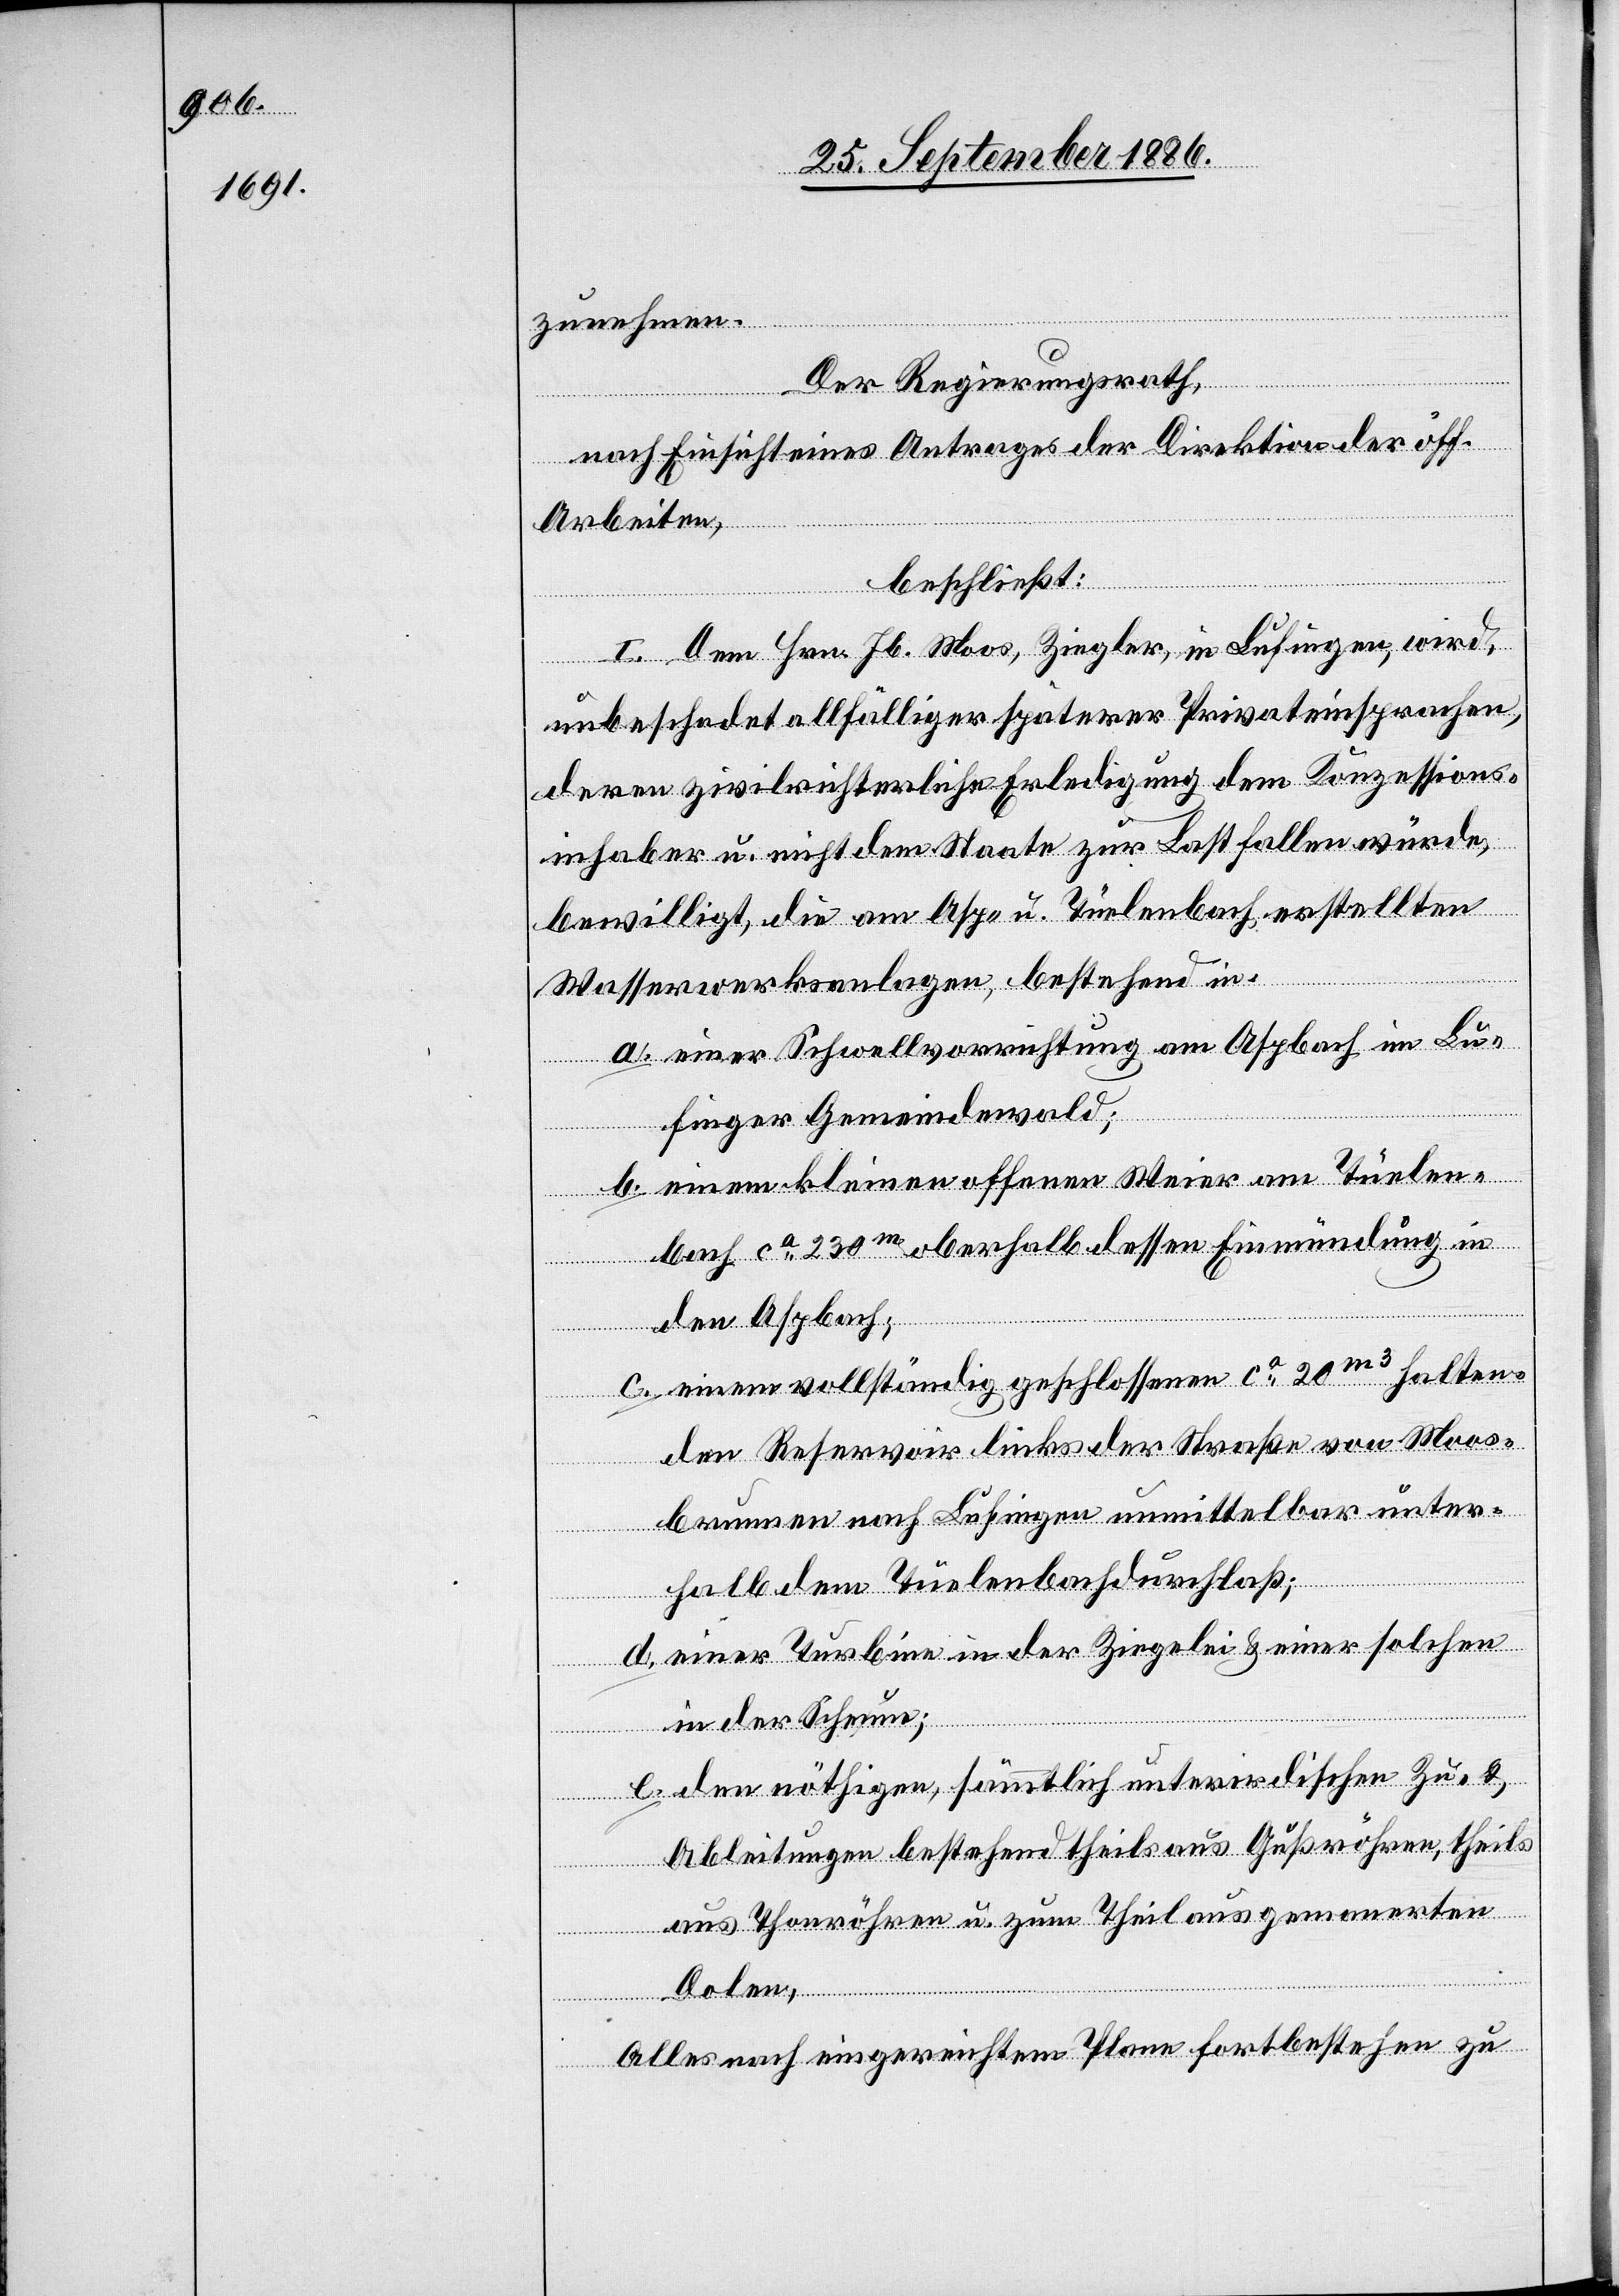
zunehmen.
Der Regierungsrath,
nach Einsicht eines Antrages der Direktion der öff.
Arbeiten,
beschließt:
I. Dem Hrn. Jb. Moos, Ziegler, in Lufingen, wird,
unbeschadet allfälliger späterer Privateinsprachen,
deren zivilrichterliche Erledigung dem Konzessions¬
inhaber u. nicht dem Staate zur Last fallen würde,
bewilligt, die am Asp- u. Tüelenbach erstellten
Wasserwerksanlagen, bestehend in:
a. einer Schwellvorrichtung am Aspbach im Lu¬
finger Gemeindewald;
b. einem kleinen offenen Weier am Tüelen¬
bach ca 230m oberhalb dessen Einmündung in
den Aspbach;
c. einem vollständig geschlossenen ca 20m3 halten¬
den Reservoir links der Straße von Moos¬
brunnen nach Lufingen unmittelbar unter¬
halb dem Tüelenbachdurchlaß;
d. einer Turbine in der Ziegelei & einer solchen
in der Scheune;
e. den nöthigen, sämmtlich unterirdischen Zu- &
Ableitungen bestehend theils aus Gußröhren, theils
aus Thonröhren u. zum Theil aus gemauerten
Dolen,
Alles nach eingereichtem Plane fortbestehen zu